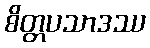
စိတ္တပသာဒဿ